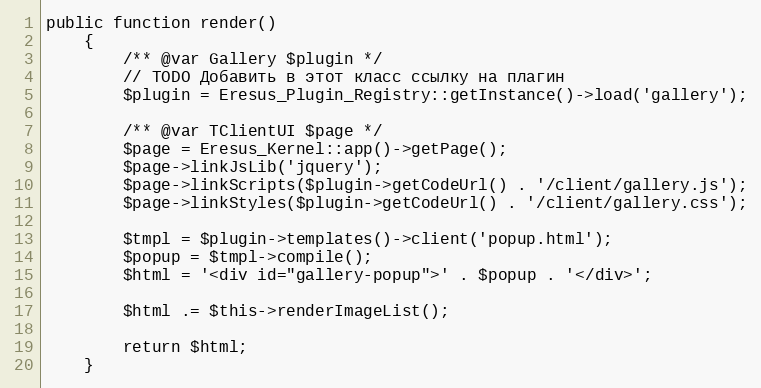
Language: PHP
public function render()
    {
        /** @var Gallery $plugin */
        // TODO Добавить в этот класс ссылку на плагин
        $plugin = Eresus_Plugin_Registry::getInstance()->load('gallery');

        /** @var TClientUI $page */
        $page = Eresus_Kernel::app()->getPage();
        $page->linkJsLib('jquery');
        $page->linkScripts($plugin->getCodeUrl() . '/client/gallery.js');
        $page->linkStyles($plugin->getCodeUrl() . '/client/gallery.css');

        $tmpl = $plugin->templates()->client('popup.html');
        $popup = $tmpl->compile();
        $html = '<div id="gallery-popup">' . $popup . '</div>';

        $html .= $this->renderImageList();

        return $html;
    }